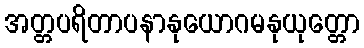
အတ္တပရိတာပနာနုယောဂမနုယုတ္တော